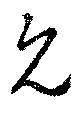
見